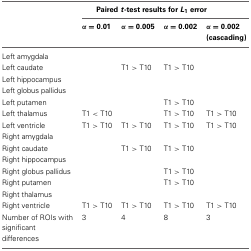
<table><thead><tr><td></td><td colspan="4"><b>Paired <i>t</i>-test results for <i>L</i><sub>1</sub> error</b></td></tr><tr><td></td><td><b>α = 0.01</b></td><td><b>α = 0.005</b></td><td><b>α = 0.002</b></td><td><b>α = 0.002 (cascading)</b></td></tr></thead><tbody><tr><td>Left amygdala</td><td></td><td></td><td></td><td></td></tr><tr><td>Left caudate</td><td></td><td>T1 &gt; T10</td><td>T1 &gt; T10</td><td></td></tr><tr><td>Left hippocampus</td><td></td><td></td><td></td><td></td></tr><tr><td>Left globus pallidus</td><td></td><td></td><td></td><td></td></tr><tr><td>Left putamen</td><td></td><td></td><td>T1 &gt; T10</td><td></td></tr><tr><td>Left thalamus</td><td>T1 &lt; T10</td><td></td><td>T1 &gt; T10</td><td>T1 &gt; T10</td></tr><tr><td>Left ventricle</td><td>T1 &gt; T10</td><td>T1 &gt; T10</td><td>T1 &gt; T10</td><td>T1 &gt; T10</td></tr><tr><td>Right amygdala</td><td></td><td></td><td></td><td></td></tr><tr><td>Right caudate</td><td></td><td>T1 &gt; T10</td><td>T1 &gt; T10</td><td></td></tr><tr><td>Right hippocampus</td><td></td><td></td><td></td><td></td></tr><tr><td>Right globus pallidus</td><td></td><td></td><td>T1 &gt; T10</td><td></td></tr><tr><td>Right putamen</td><td></td><td></td><td>T1 &gt; T10</td><td></td></tr><tr><td>Right thalamus</td><td></td><td></td><td></td><td></td></tr><tr><td>Right ventricle</td><td>T1 &gt; T10</td><td>T1 &gt; T10</td><td>T1 &gt; T10</td><td>T1 &gt; T10</td></tr><tr><td>Number of ROIs with significant differences</td><td>3</td><td>4</td><td>8</td><td>3</td></tr></tbody></table>